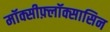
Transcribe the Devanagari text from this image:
मॉक्सीफ़्लॉक्सासिन